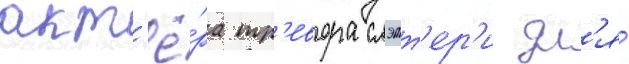
акт'ё́ра тр'евора слэтт'ер'и дл'я́